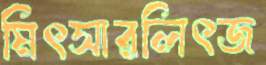
মিৎসারলিৎজ